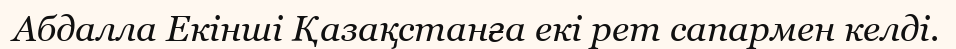
Абдалла Екінші Қазақстанға екі рет сапармен келді.